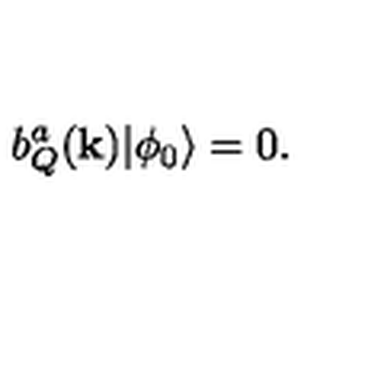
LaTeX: b _ { Q } ^ { a } ( { \bf k } ) | { \phi _ { 0 } } \rangle = 0 .